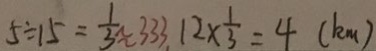
5 \div 1 5 = \frac { 1 } { 3 } \approx 3 3 3 1 2 \times \frac { 1 } { 3 } = 4 ( k m )